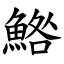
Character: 鯦